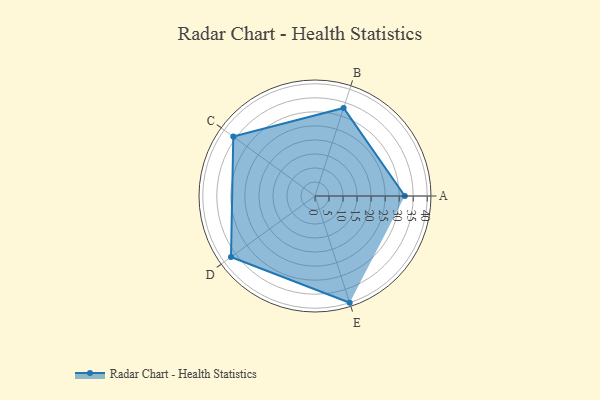
{"axis": {"x": "Skill", "y": "Score"}, "legend": ["Profile"], "data": [{"x": "A", "y": 32.0, "type": "Profile"}, {"x": "B", "y": 33.0, "type": "Profile"}, {"x": "C", "y": 36.0, "type": "Profile"}, {"x": "D", "y": 37.0, "type": "Profile"}, {"x": "E", "y": 40.0, "type": "Profile"}]}